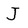
Character: J